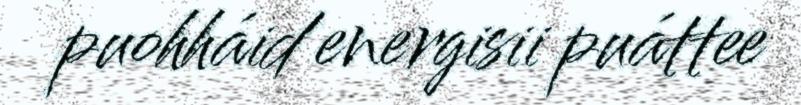
puohháid energisii puáttee